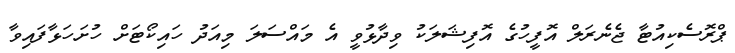
ޕްރޮސެކިއުޓާ ޖެނެރަލް އޮފީހުގެ އޮފިޝަލަކު ވިދާޅުވީ އެ މައްސަލަ މިއަދު ހައިކޯޓަށް ހުށަހަޅާފައިވާ